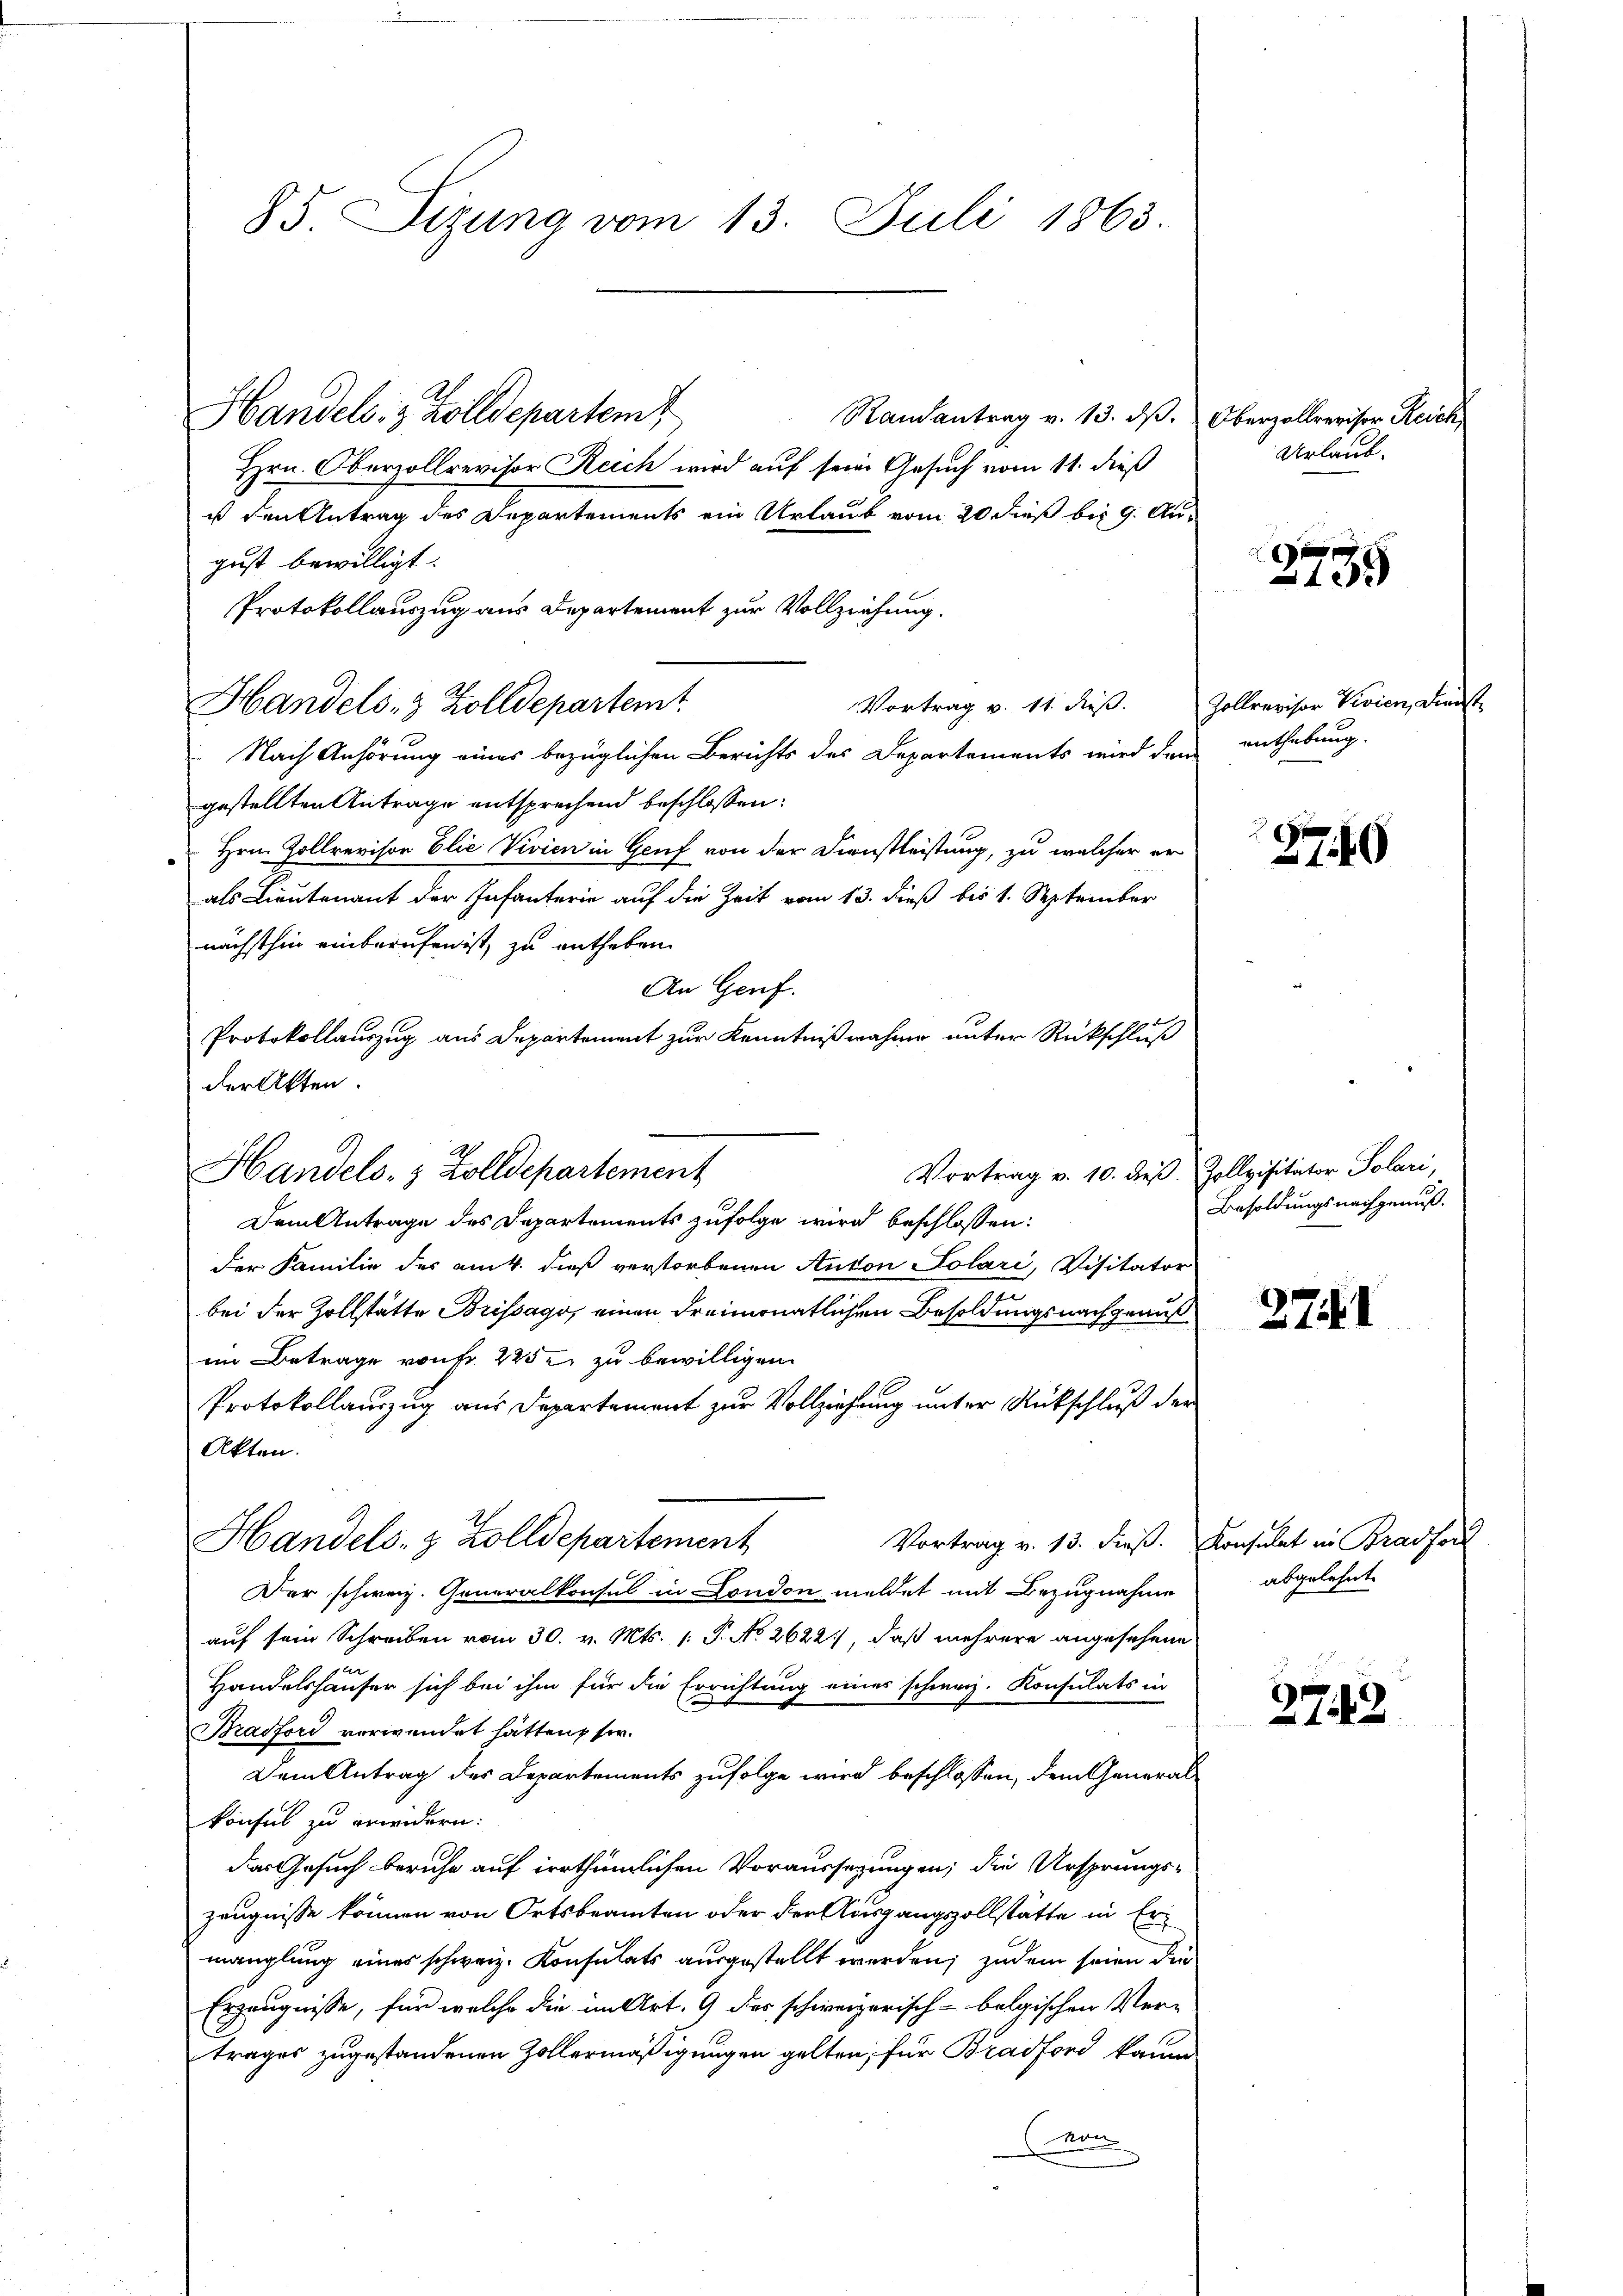
85. Sizung vom 13. Juli 1863.

Handels- & Zolldepartem
Randantrag v. 13. dβ.
Hrn. Oberzollrevisor Reich wird auf seine Gesuch vom 11. dieß
ist den Antrag des Departements ein Urlaub vom 20 dieß bis 9. August bewilligt.
Protokollauszug aus Departement zur Vollziehung.
Vortrag v. 11. dieß.
Nach Anhörung eines bezüglichen Berichts des Departements wird den enthebung.
gestellten Antrage entsprechend beschlossen:
Hrn. Zollrevison Elie Vivien in Genf von der Dienstleistung, zu welcher er
als Lieutenant der Infanterie auf die Zeit vom 13. dieß bis 1. September
nächsthin einberufen ist, zu entheben.
An Genf.
Vortrag v. 10. dieß.
Dem Antrage des Departements zufolge wird beschlossen:
der Familie des am 4. dieß verstorbenen Anton Solari, Visitator
bei der Zollstätte Brissago, einen dreimonatlichen Besoldungsnachgenuß
im Betrage von Fr. 2252 zu bewilligen.
Protokollauszug aus Departement zur Vollziehung unter Rückschluß der
Akten.
Handels- & Zolldepartement
Der schweiz. Generalkonsul in London meldet mit Bezugnahme
auf sein Schreiben vom 30. v. Mts. 1. P. No 2622), daß mehrere angesehene
A
Handelshäuser sich bei ihm für die Errichtung eines schweiz. Konsulats in
Brasford vorwendet hätten, so
Dem Antrag des Departements zufolge wird beschlossen, dem Generalkönfel zu erwidern:
das Gesuch beruhe auf irrthümlichen Voraussezungen, die Ursprungszeugnisse können von Ortsbeamten oder der Ausgangszollstätte in Ermanglung eines schweiz. Konsulats ausgestellt werden; zudem seien die
Erzeugnisse, für welche die in Art. 9 dies schweizerisch-belgischen Ver-
trages zugestandenen Zollermäßigungen gelten; für Bradford kaum
(Mon

Handels- & Zolldepartemt

Protokollauszug aus Departement zur Kenntniß wahren unter Rückschluß
der Akten.
Handels- & Zolldepartement

Oberzollrevisor Reich
Urlaub.

2759

Zollrevisor Vivien, Dienst

2
27.10

Zollvisitator Polari,
Besoldungsnachgenuß.

2741

Vortrag v. 13. dieβ. Konsulat in Bradfor
abgelehnt.

e
2742.